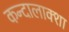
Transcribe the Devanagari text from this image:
कन्दालाक्शा